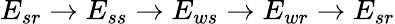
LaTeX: E_{sr}\rightarrow E_{ss}\rightarrow E_{ws}\rightarrow E_{wr}\rightarrow E_{sr}